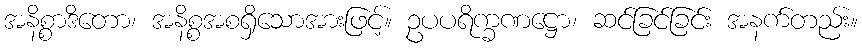
အနိစ္စာဒိတော၊ အနိစ္စအစရှိသောအားဖြင့်။ ဥပပရိက္ခဏဋ္ဌော၊ ဆင်ခြင်ခြင်း အနက်တည်း။